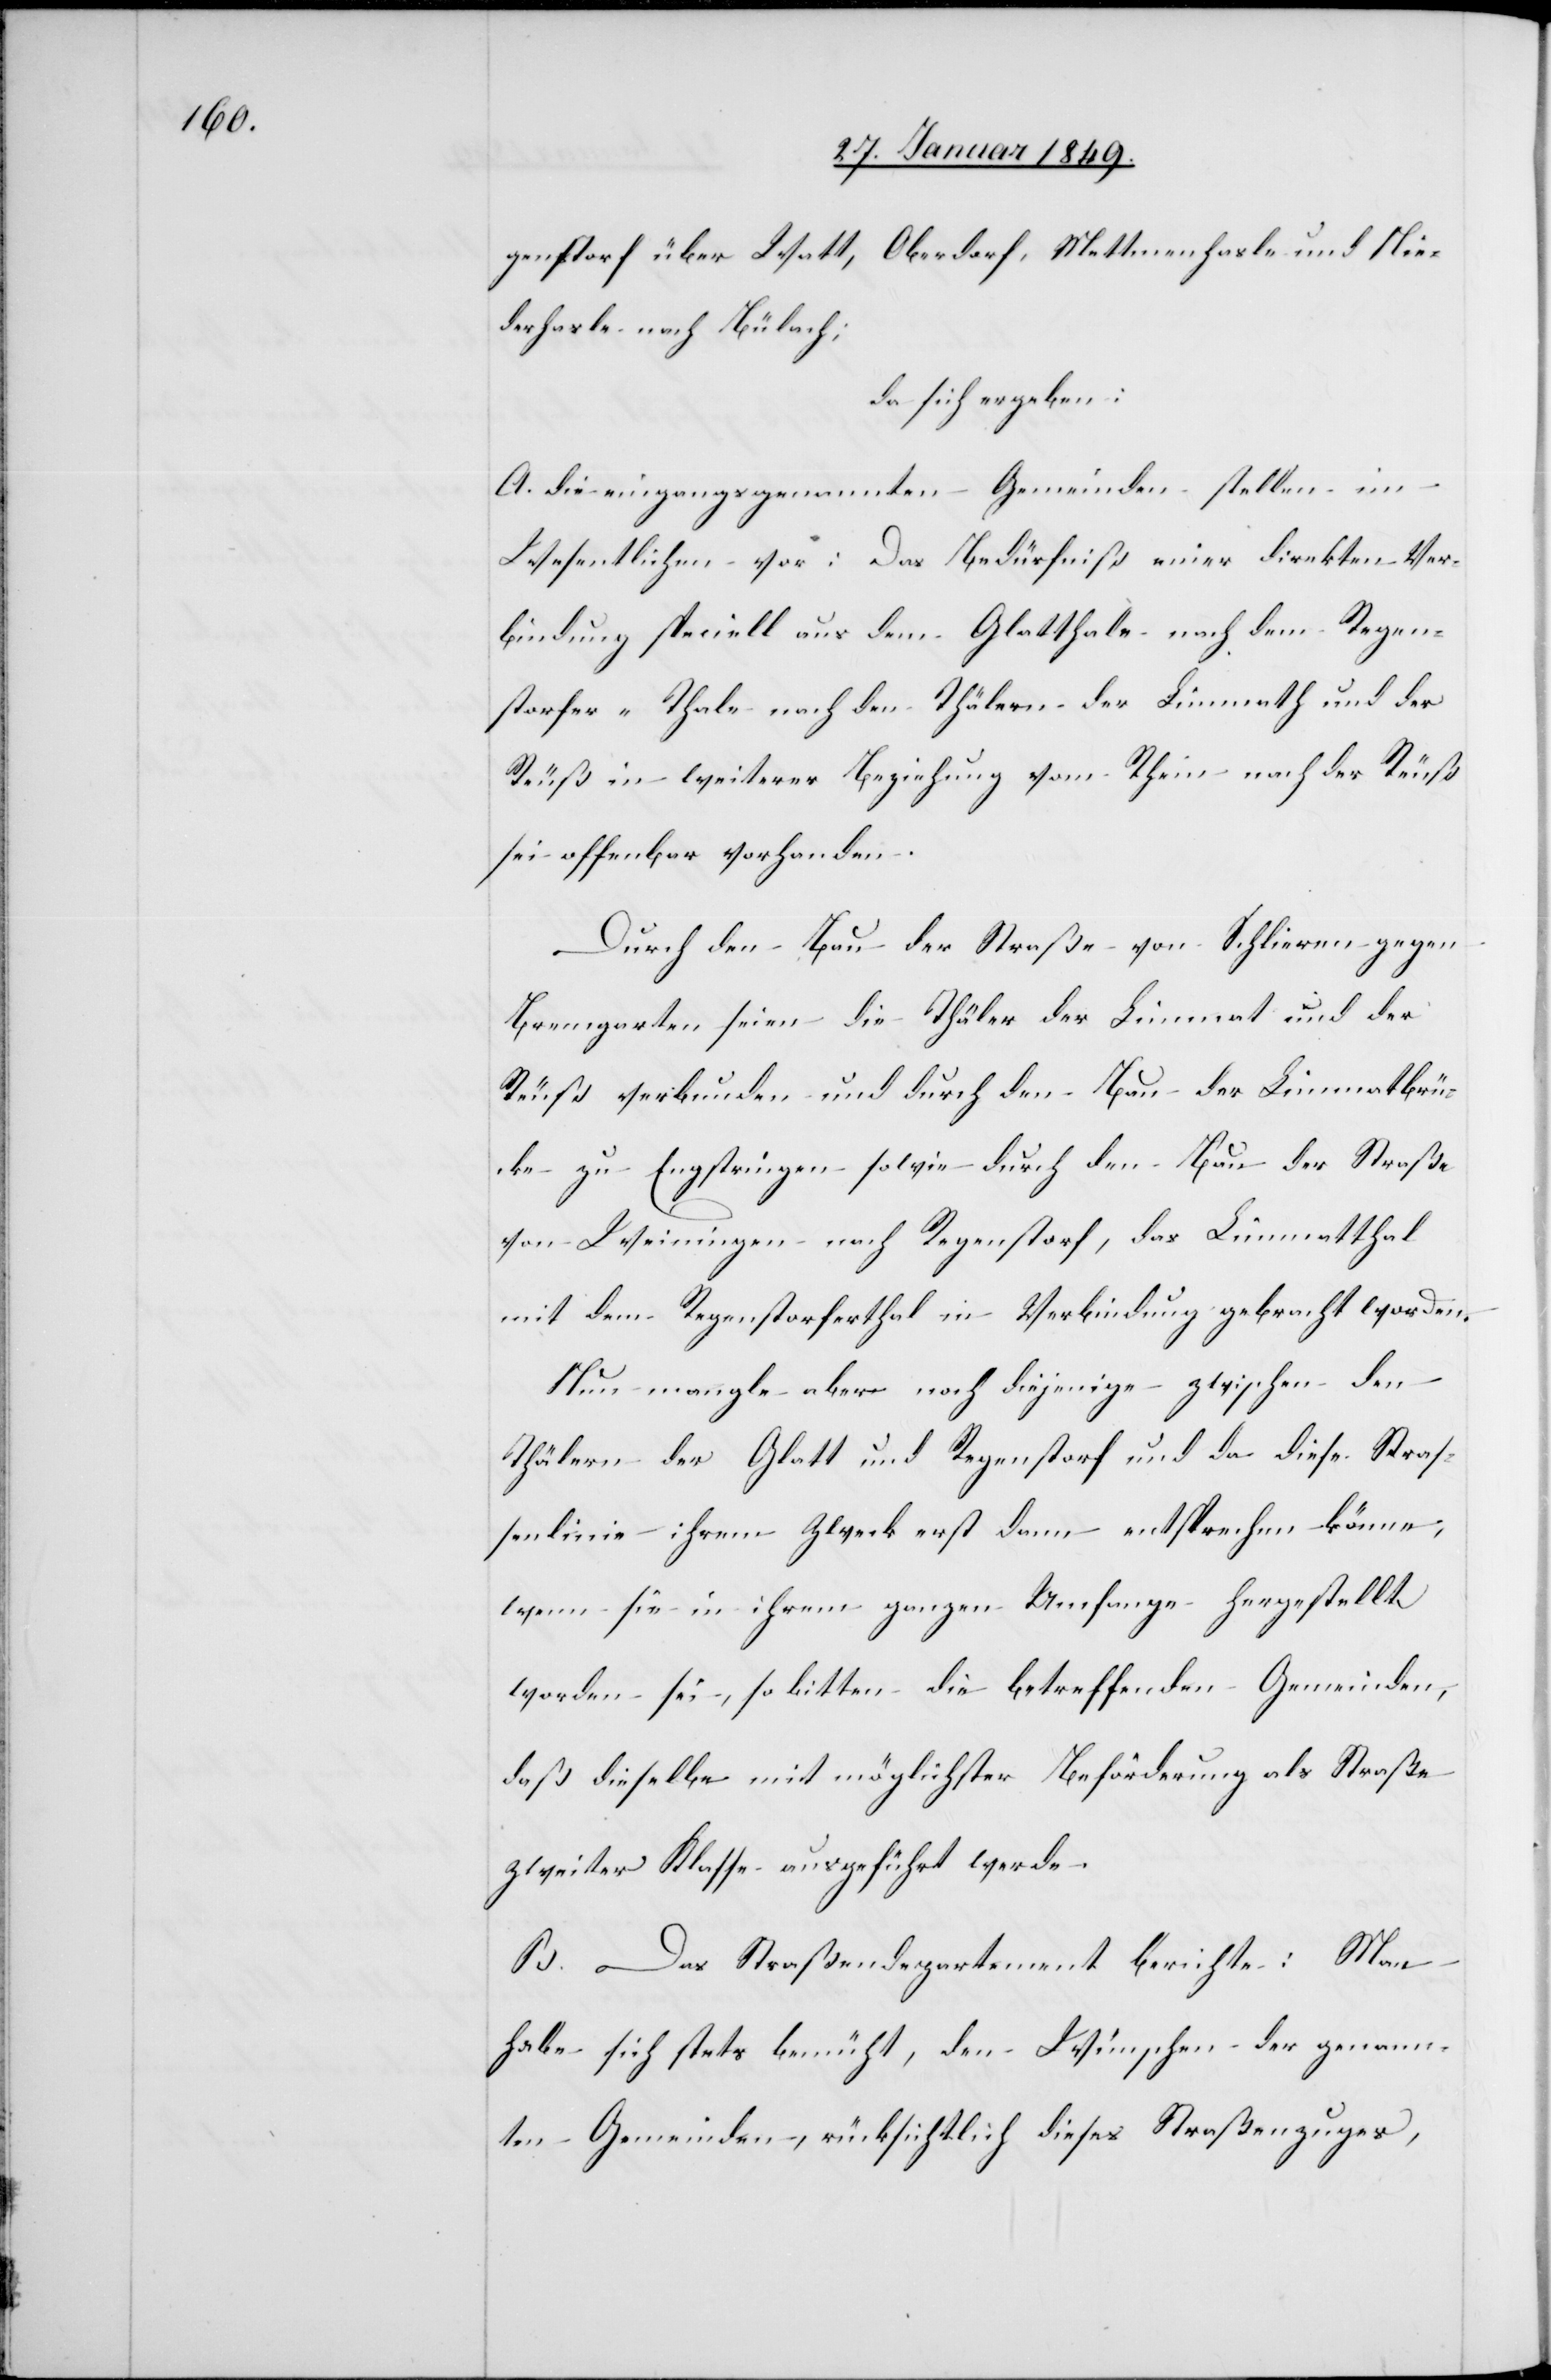
genstorf über Watt, Oberdorf, Mettmenhasle und Nie¬
derhasle nach Bülach;
da sich ergeben:
A. die eingangs genannten Gemeinden stellen im
Wesentlichen vor: Das Bedürfniß einer direkten Ver¬
bindung speciell aus dem Glatthale nach dem Regen¬
storfer-Thale nach den Thälern der Limmath und der
Reuß in weiterer Beziehung vom Rhein nach der Reuß
sei offenbar vorhanden.
Durch den Bau der Straße von Schlieren gegen
Bremgarten seien die Thäler der Limmat und der
Reuß verbunden und durch den Bau der Limmatbrü¬
cke zu Engstringen sowie durch den Bau der Straße
von Weiningen nach Regenstorf, das Limmatthal
mit dem Regenstorferthal in Verbindung gebracht worden.
Nun mangle aber noch diejenige zwischen den
Thälern der Glatt und Regenstorf und da diese Straß¬
enlinie ihrem Zweck erst dann entsprechen könne,
wenn sie in ihrem ganzen Umfange hergestellt
worden sei, so bitten die betreffenden Gemeinden,
daß dieselbe mit möglichster Beförderung als Straße
zweiter Klasse ausgeführt werde.
B. Das Straßendepartement berichte: Man
habe sich stets bemüht, den Wünschen der genann¬
ten Gemeinden rücksichtlich dieses Straßenzuges,